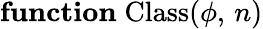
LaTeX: \mathbf{function}\; {\mathrm{Class}}(\phi,\, n)